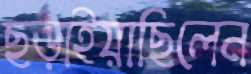
ছড়াইয়াছিলেন